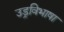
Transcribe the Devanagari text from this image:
उड्रविभाषा